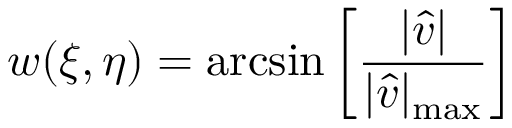
w ( \xi , \eta ) = \arcsin { \left[ \frac { \lvert \hat { v } \rvert } { \lvert \hat { v } \rvert _ { \operatorname* { m a x } } } \right] }